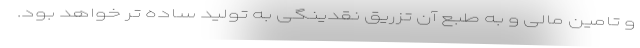
و تامین مالی و به طبع آن تزریق نقدینگی به تولید ساده ­تر خواهد بود.